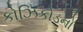
કોઝિકોડનો